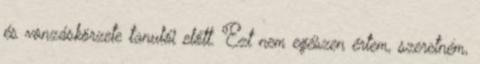
és vonzáskörzete tanulói előtt. Ezt nem egészen értem, szeretném,